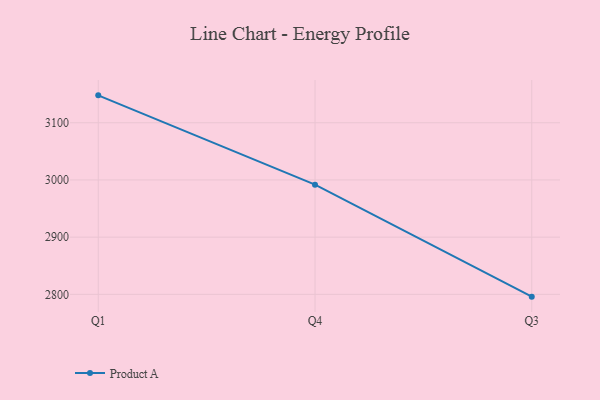
{"axis": {"x": "Quarter", "y": "Tickets Resolved"}, "legend": ["Product A"], "data": [{"x": "Q1", "y": 3147.9, "type": "Product A"}, {"x": "Q4", "y": 2991.8, "type": "Product A"}, {"x": "Q3", "y": 2796.0, "type": "Product A"}]}